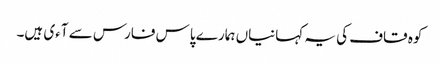
کوہ قاف کی یہ کہانیاں ہمارے پاس فارس سے آءی ہیں۔